Jaan_Tonisson_(Lasteleht), lk 255
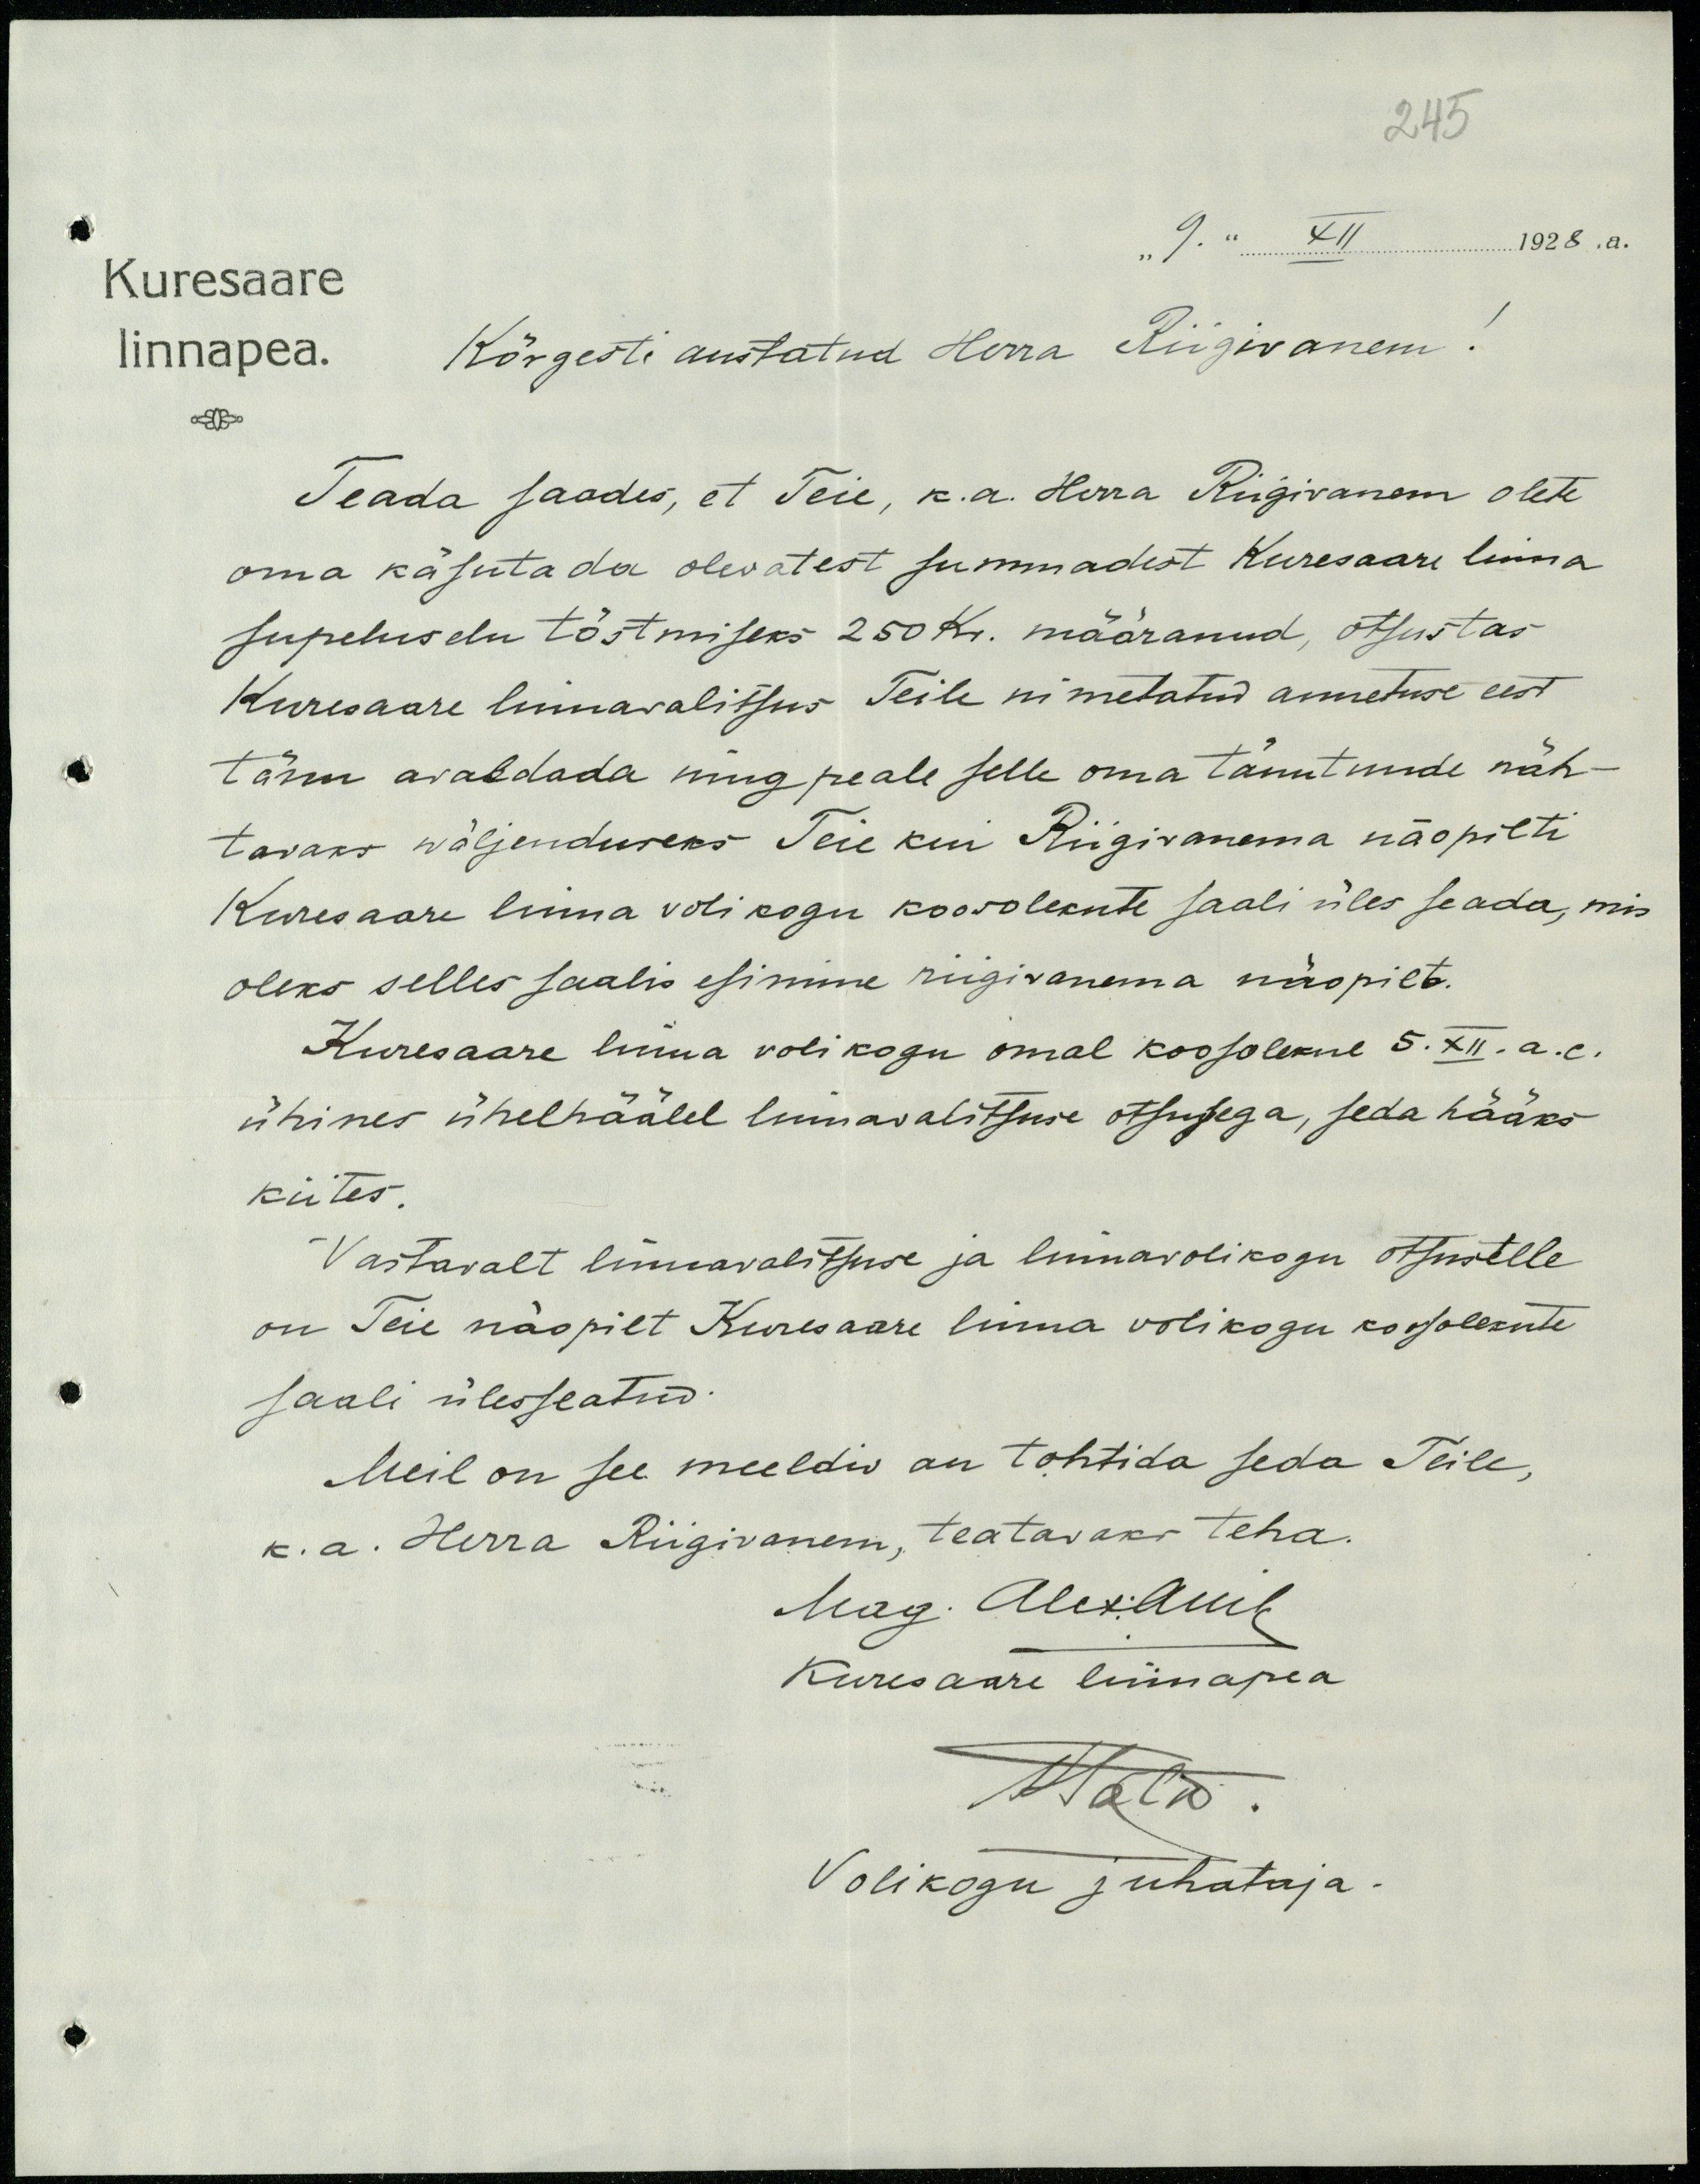
245
"9. " XII 1928 a.
Kuresaare
linnapea.
Kõrgesti austatud Herra Riigivanem!
Teada saades, et Teie, k.a. Herra Riigivanem olete
oma käsutada olevatest summadest Kuresaare linna
supeluselu tõstmiseks 250 kr. määranud, otsustas
Kuresaare linnawalitsus Teile nimetatud annetuse eest
tänu avaldada ning peale selle oma tänutnude näh-
tavaks wäljenduseks Teie kui Riigivanema näopilti
Kuresaare linna voli kogu koosolekute saali üles seada, mis
oleks selles saalis esimine riigivanema näopilt.
Kuresaare linna volikogu omal koosolekul 5.XII.a.c.
ühines ühelhäälel linnavalitsuse otsusega, seda hääks
kiites.
Vastavalt linnavalitsuse ja linnavolikogu otsustele
on Teie näopilt Kuresaare linna volikogu koosolekute
saali ülesseatud.
Meil on see meeldiv au tohtida seda Teile,
k. a. Herra Riigivanem, teatavaks teha.
Mag. Alekamb
Kuresaare liinapea
Mets.
Volikogu juhataja.